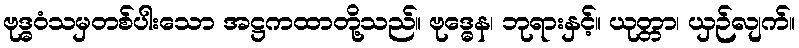
ဗုဒ္ဓဝံသမှတစ်ပါးသော အဋ္ဌကထာတို့သည်။ ဗုဒ္ဓေန၊ ဘုရားနှင့်။ ယုတ္တာ၊ ယှဉ်လျက်။